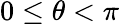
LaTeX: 0\leq\theta<\pi